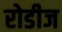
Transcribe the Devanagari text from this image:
रोडीज